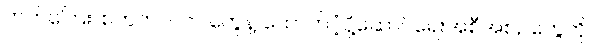
ကတ်ကြေး၊ စတက်ပလာ တွေနဲ့ ထောက်ပံ့ပို့ဆောင်ရေးအစီအစဉ်တွေကို